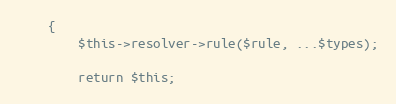
Language: PHP
    {
        $this->resolver->rule($rule, ...$types);

        return $this;